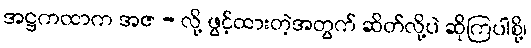
အဋ္ဌကထာက အဇ - လို့ ဖွင့်ထားတဲ့အတွက် ဆိတ်လို့ပဲ ဆိုကြပါစို့၊